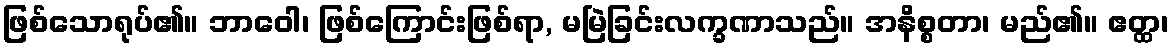
ဖြစ်သောရုပ်၏။ ဘာဝေါ၊ ဖြစ်ကြောင်းဖြစ်ရာ, မမြဲခြင်းလက္ခဏာသည်။ အနိစ္စတာ၊ မည်၏။ ဧတ္ထ၊